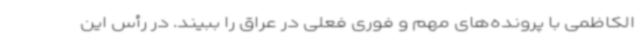
الکاظمی با پرونده‌های مهم و فوری فعلی در عراق را ببیند. در رأس این